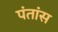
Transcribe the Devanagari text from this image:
पंतांस